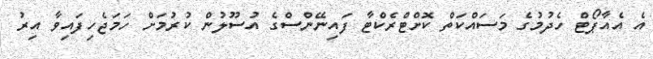
އެ އެއާޕޯޓް ހެދުމުގެ މަސައްކަތް ކޮށްޓްރެކްޓާ ފައިނޭންސްގެ އުސޫލުން ކުރުމަށް ހަމަޖެހިފައިވާ އިރު